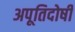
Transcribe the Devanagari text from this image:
अपूतिदोषी